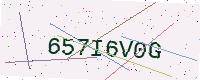
Text: 657I6V0G